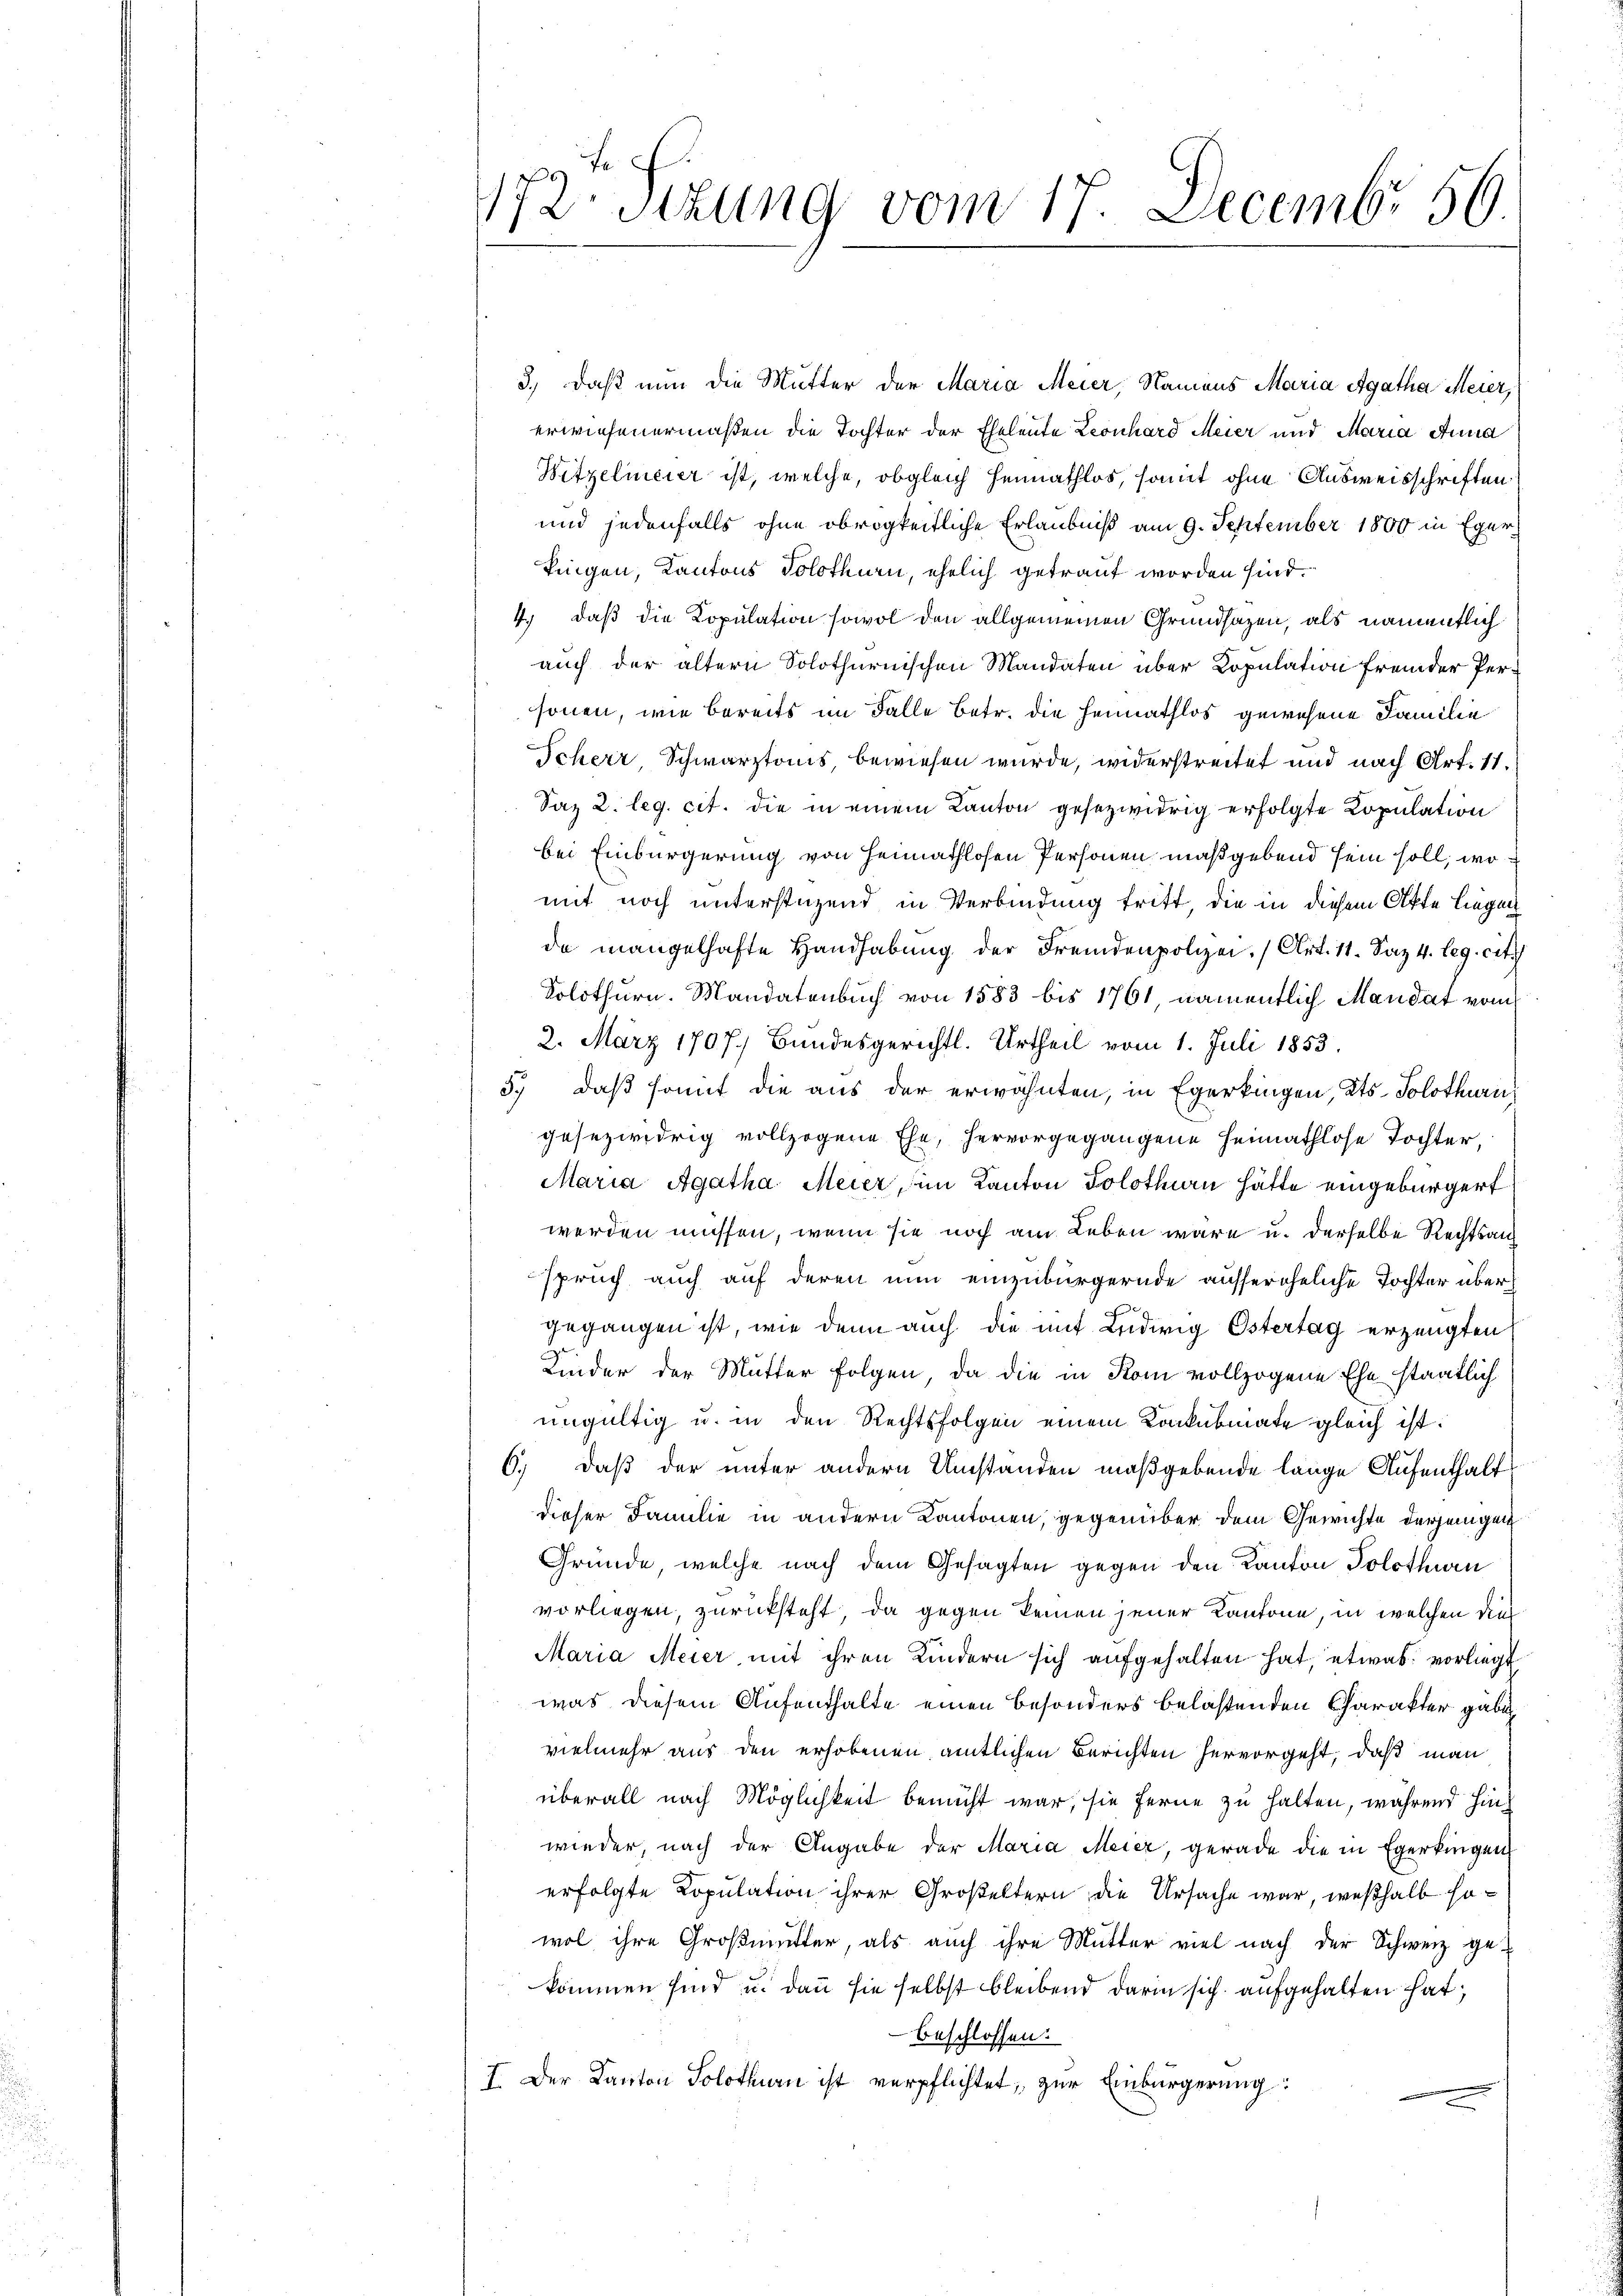
172 Stzung vom 17. Decembr 56.
f

3.) Daß nun die Mutter der Maria Meier, Namens Maria Agatha Meier,
erwiesenermaßen die Tochter der Eheleute Leonhard Meier und Maria Anna
Witzelmeier ist, welche, obgleich Heimathlos, somit ohne Ausweisschriften
und jedenfalls ohne obrigkeitliche Erlaubniß am 9. September 1800 in Egerkingen, Kantons Solothurn, ehelich getraut worden sind.
4.) daß die Kopulation sowol den allgemeinen Grundsazen, als namentlich
auch der ältern Solothurnischen Mandaten über Kopulation fremder Personen, wie bereits im Falle betr. die Heimathlos gewesene Familie
Icherr Schwarztonis, bewiesen wurde, widerstreitet und nach Art. 11.
Saz 2. leg. cit. die in einem Kanton gesezwidrig erfolgte Copulation
bei Einbürgerung von Heimathlosen Personen maßgebend sein soll, womit noch unterstüzend in Verbindung tritt, die in diesem Akte liegen
da mangelhafte Handhabung der Fremdenpolizei (Art. 11. Saz 4. leg. cit.
Solothurn. Mandatenbuch von 1583 bis 1761, namentlich Mandat vom
2. März 1707. Bundesgerichtl. Urtheil vom 1. Juli 1853.
3.) daß somit die aus der erwähnten, in Egerkingen, Kts. Solothurich
gesezwidrig vollzogene Ehe, hervorgegangene Heimathlose Tochter,
Maria Agatha Meier, im Kanton Solothurn hätte eingebürgert
werden müssen, wenn sie noch am Leben wäre u. derselbe Rechtsauf
spruch auch auf deren nun einzubürgernde aussereheliche Tochter übergegangen ist, wie denn auch die mit Ludwig Östertag erzeugten
Kinder der Mutter Folgen, da die in Rom vollzogene Ehe staatlich
ungültig u. in den Rechtsfolgen einem Konkubiiate gleich ist:
6.) Daß der unter andern Umstanden maßgebende lange Aufenthalt
dieser Familie in andern Kantonen, gegenüber dem Gewichte derjenigen
Gründe, welche nach dem Gesagten gegen den Kanton Solothurn
vorliegen, zurücksteht, da gegen keinen jener Kantone, in welchen dies¬
Maria Meier mit ihren Kindern sich aufgehalten hat, etwas vorliegt
was diesem Aufenthalte einen besonders belastenden Charakter gäbe.
vielmehr aus den erhobenen amtlichen Berichten hervorgeht, daß man
überall nach Möglichkeit bemüht war, sie ferne zu halten, während hinwieder, nach der Angabe der Maria Meier, gerade die in Egerkingen
erfolgte Copulation ihrer Großeltern die Ursache war, weßhalb sowol ihre Großmutter, als auch ihre Mutter viel nach der Schweiz gekommen sind u. dann sie selbst bleibend darin sich aufgehalten hat;
beschlossen:
I. Der Kanton Solothurn ist verpflichtet, zur Einbürgerung: